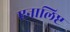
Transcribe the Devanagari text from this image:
एनालिष्ट